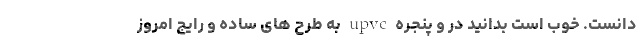
دانست. خوب است بدانید در و پنجره upvc به طرح های ساده و رایج امروز